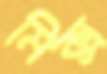
মিক্স